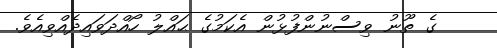
ގެ ތޫނު ވިސްނުންފުޅުން އެކަމުގެ ޙައްލު ހޯއްދަވައިދެއްވިއެވެ.